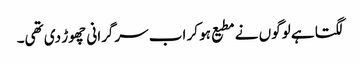
لگتا ہے لوگوں نے مطیع ہو کر اب سرگرانی چھوڑ دی تھی۔